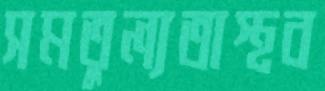
সমতুল্যতাস্থব